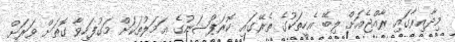
މިދާއިރާގައި ރާއްޖެއަށް ލިބޭ އެހީތަކުގެ ތެރޭގައި ކޮރަޕްޝަނުގެ ޢަމަލުތަކަށް މަގުފަހިވާ ގޮތަށް ވަރަށް